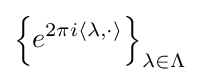
\left\{e^{2\pi i\left\langle \lambda ,\cdot \right\rangle }\right\}_{\lambda \in \Lambda }